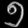
Digit: ၅